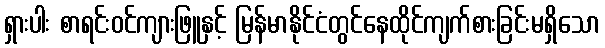
ရှားပါး စာရင်းဝင်ကျားဖြူနှင့် မြန်မာနိုင်ငံတွင်နေထိုင်ကျက်စားခြင်းမရှိသော